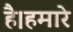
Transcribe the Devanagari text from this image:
है।हमारे